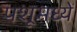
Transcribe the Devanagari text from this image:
पशूमध्यें